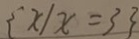
\{ x / x = 3 \}